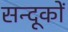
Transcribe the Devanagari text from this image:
सन्दूकों